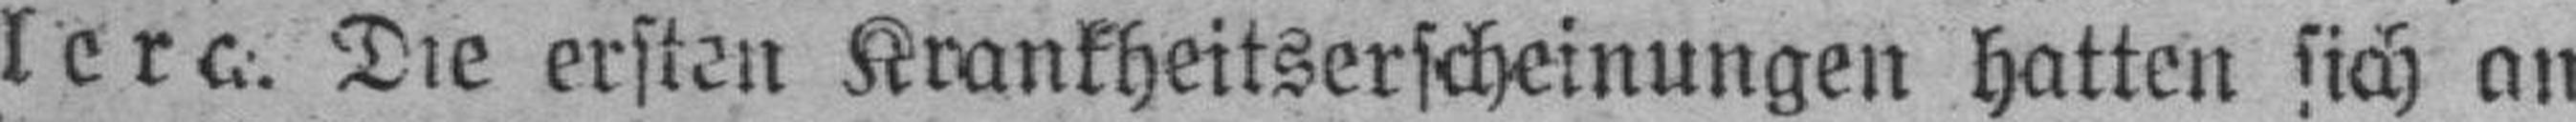
lera. Die ersten Krankheitserscheinungen hatten sich an